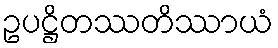
ဥပဋ္ဌိတဿတိဿာယံ